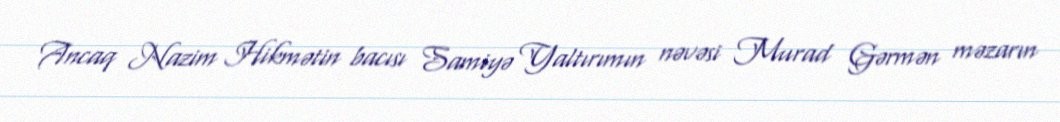
Ancaq Nazim Hikmətin bacısı Samiyə Yaltırımın nəvəsi Murad Gərmən məzarın